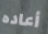
أعاده